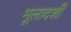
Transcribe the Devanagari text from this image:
मूलादर्शी